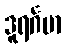
ဒူရင်္ဂမာ